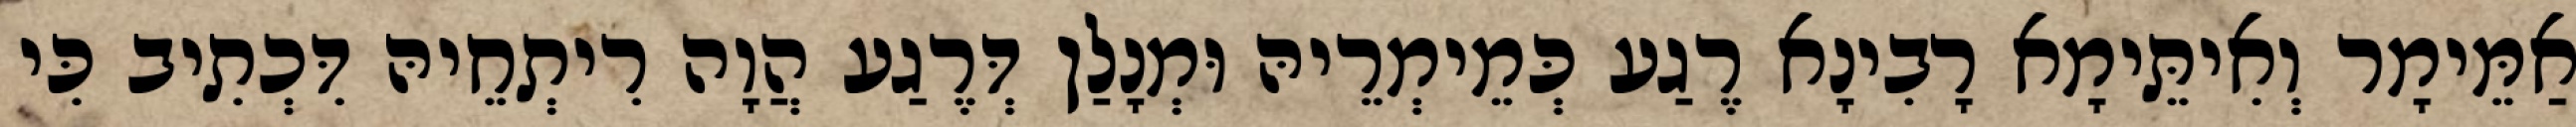
אַמֵּימָר וְאִיתֵּימָא רָבִינָא רֶגַע כְּמֵימְרֵיהּ וּמְנָלַן דְּרֶגַע הֲוָה רִיתְחֵיהּ דִּכְתִיב כִּי